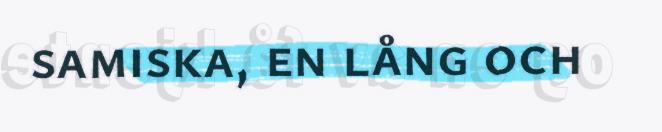
samiska, en lång och